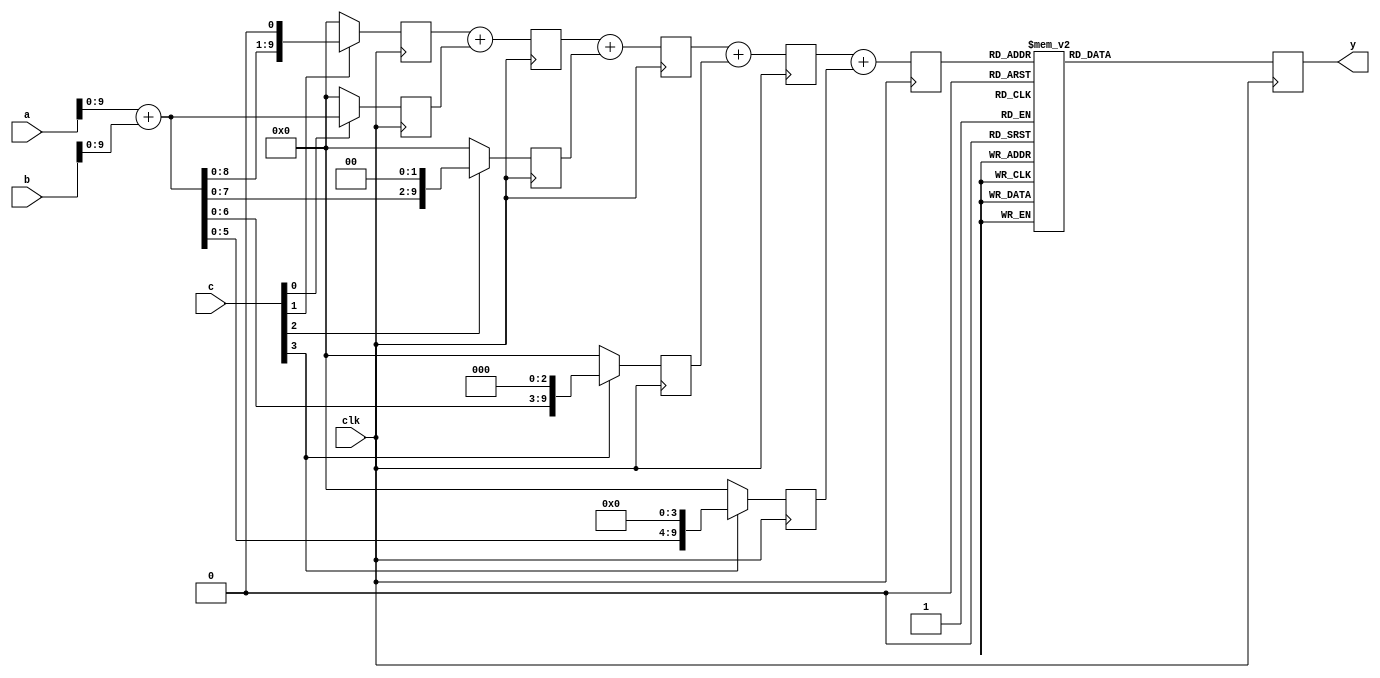

module s2p32bit(   //
    input        clk  ,  //, 500MHz
 input         [15:0]        a, //
 input [15:0]         b,
 input [4:0]  c,
    output  reg [10:0]  y  //10, y
    );
 
 wire  [9:0]  x; //abc10
 
//wire [21:0] abc; //a+bc, 22
//reg [5:0] n; //
//assign abc = (a+b)*c; //
 
//
wire  [16:0] mul_a;  //ab17
wire  [4:0] mul_b;   //c5
 reg  [21:0] mul_out; //, 22
 
 assign mul_a = a+b;
 assign mul_b = c;
 
reg [21:0] store0,store1,store2,store3,store4;  //
reg [21:0] add01, add12, add23;

//
always @ (posedge clk)  begin
store0 <= mul_b[0] ? {5'b0,mul_a}:22'b0;      
 end
 
always @ (posedge clk)  begin
 store1 <= mul_b[1] ? {4'b0,mul_a,1'b0}:22'b0;
add01  <= store1+store0;
 end 

always @ (posedge clk)  begin
 store2 <= mul_b[2] ? {3'b0,mul_a,2'b0}:22'b0;
add12  <= add01+store2;
 end 

always @ (posedge clk)  begin
 store3 <= mul_b[3] ? {2'b0,mul_a,3'b0}:22'b0;
add23  <= add12+store3;
 end 

always @ (posedge clk)  begin
 store4 <= mul_b[3] ? {1'b0,mul_a,4'b0}:22'b0;
mul_out  <= add23+store4;
 end 
 
assign x = mul_out [9:0] ;  
//mul_out1012
                                                                                                                                                                                                                      
 
always @(posedge clk)  begin   
//ipmifcase

case (x)   //102410
       
		10'd0: y<= 11'b00000000000;
		10'd1: y<= 11'b00000000110;
		10'd2: y<= 11'b00000001101;
		10'd3: y<= 11'b00000010011;
		10'd4: y<= 11'b00000011001;
		10'd5: y<= 11'b00000011111;
		10'd6: y<= 11'b00000100110;
		10'd7: y<= 11'b00000101100;
		10'd8: y<= 11'b00000110010;
		10'd9: y<= 11'b00000111001;
		10'd10: y<= 11'b00000111111;
		10'd11: y<= 11'b00001000101;
		10'd12: y<= 11'b00001001011;
		10'd13: y<= 11'b00001010010;
		10'd14: y<= 11'b00001011000;
		10'd15: y<= 11'b00001011110;
		10'd16: y<= 11'b00001100100;
		10'd17: y<= 11'b00001101011;
		10'd18: y<= 11'b00001110001;
		10'd19: y<= 11'b00001110111;
		10'd20: y<= 11'b00001111101;
		10'd21: y<= 11'b00010000100;
		10'd22: y<= 11'b00010001010;
		10'd23: y<= 11'b00010010000;
		10'd24: y<= 11'b00010010110;
		10'd25: y<= 11'b00010011100;
		10'd26: y<= 11'b00010100011;
		10'd27: y<= 11'b00010101001;
		10'd28: y<= 11'b00010101111;
		10'd29: y<= 11'b00010110101;
		10'd30: y<= 11'b00010111011;
		10'd31: y<= 11'b00011000010;
		10'd32: y<= 11'b00011001000;
		10'd33: y<= 11'b00011001110;
		10'd34: y<= 11'b00011010100;
		10'd35: y<= 11'b00011011010;
		10'd36: y<= 11'b00011100000;
		10'd37: y<= 11'b00011100110;
		10'd38: y<= 11'b00011101101;
		10'd39: y<= 11'b00011110011;
		10'd40: y<= 11'b00011111001;
		10'd41: y<= 11'b00011111111;
		10'd42: y<= 11'b00100000101;
		10'd43: y<= 11'b00100001011;
		10'd44: y<= 11'b00100010001;
		10'd45: y<= 11'b00100010111;
		10'd46: y<= 11'b00100011101;
		10'd47: y<= 11'b00100100011;
		10'd48: y<= 11'b00100101001;
		10'd49: y<= 11'b00100101111;
		10'd50: y<= 11'b00100110101;
		10'd51: y<= 11'b00100111011;
		10'd52: y<= 11'b00101000001;
		10'd53: y<= 11'b00101000111;
		10'd54: y<= 11'b00101001101;
		10'd55: y<= 11'b00101010011;
		10'd56: y<= 11'b00101011001;
		10'd57: y<= 11'b00101011111;
		10'd58: y<= 11'b00101100101;
		10'd59: y<= 11'b00101101011;
		10'd60: y<= 11'b00101110001;
		10'd61: y<= 11'b00101110110;
		10'd62: y<= 11'b00101111100;
		10'd63: y<= 11'b00110000010;
		10'd64: y<= 11'b00110001000;
		10'd65: y<= 11'b00110001110;
		10'd66: y<= 11'b00110010011;
		10'd67: y<= 11'b00110011001;
		10'd68: y<= 11'b00110011111;
		10'd69: y<= 11'b00110100101;
		10'd70: y<= 11'b00110101010;
		10'd71: y<= 11'b00110110000;
		10'd72: y<= 11'b00110110110;
		10'd73: y<= 11'b00110111011;
		10'd74: y<= 11'b00111000001;
		10'd75: y<= 11'b00111000111;
		10'd76: y<= 11'b00111001100;
		10'd77: y<= 11'b00111010010;
		10'd78: y<= 11'b00111011000;
		10'd79: y<= 11'b00111011101;
		10'd80: y<= 11'b00111100011;
		10'd81: y<= 11'b00111101000;
		10'd82: y<= 11'b00111101110;
		10'd83: y<= 11'b00111110011;
		10'd84: y<= 11'b00111111001;
		10'd85: y<= 11'b00111111110;
		10'd86: y<= 11'b01000000100;
		10'd87: y<= 11'b01000001001;
		10'd88: y<= 11'b01000001110;
		10'd89: y<= 11'b01000010100;
		10'd90: y<= 11'b01000011001;
		10'd91: y<= 11'b01000011111;
		10'd92: y<= 11'b01000100100;
		10'd93: y<= 11'b01000101001;
		10'd94: y<= 11'b01000101110;
		10'd95: y<= 11'b01000110100;
		10'd96: y<= 11'b01000111001;
		10'd97: y<= 11'b01000111110;
		10'd98: y<= 11'b01001000011;
		10'd99: y<= 11'b01001001000;
		10'd100: y<= 11'b01001001110;
		10'd101: y<= 11'b01001010011;
		10'd102: y<= 11'b01001011000;
		10'd103: y<= 11'b01001011101;
		10'd104: y<= 11'b01001100010;
		10'd105: y<= 11'b01001100111;
		10'd106: y<= 11'b01001101100;
		10'd107: y<= 11'b01001110001;
		10'd108: y<= 11'b01001110110;
		10'd109: y<= 11'b01001111011;
		10'd110: y<= 11'b01010000000;
		10'd111: y<= 11'b01010000101;
		10'd112: y<= 11'b01010001010;
		10'd113: y<= 11'b01010001110;
		10'd114: y<= 11'b01010010011;
		10'd115: y<= 11'b01010011000;
		10'd116: y<= 11'b01010011101;
		10'd117: y<= 11'b01010100010;
		10'd118: y<= 11'b01010100110;
		10'd119: y<= 11'b01010101011;
		10'd120: y<= 11'b01010110000;
		10'd121: y<= 11'b01010110100;
		10'd122: y<= 11'b01010111001;
		10'd123: y<= 11'b01010111110;
		10'd124: y<= 11'b01011000010;
		10'd125: y<= 11'b01011000111;
		10'd126: y<= 11'b01011001011;
		10'd127: y<= 11'b01011010000;
		10'd128: y<= 11'b01011010100;
		10'd129: y<= 11'b01011011001;
		10'd130: y<= 11'b01011011101;
		10'd131: y<= 11'b01011100001;
		10'd132: y<= 11'b01011100110;
		10'd133: y<= 11'b01011101010;
		10'd134: y<= 11'b01011101110;
		10'd135: y<= 11'b01011110011;
		10'd136: y<= 11'b01011110111;
		10'd137: y<= 11'b01011111011;
		10'd138: y<= 11'b01011111111;
		10'd139: y<= 11'b01100000011;
		10'd140: y<= 11'b01100000111;
		10'd141: y<= 11'b01100001011;
		10'd142: y<= 11'b01100010000;
		10'd143: y<= 11'b01100010100;
		10'd144: y<= 11'b01100011000;
		10'd145: y<= 11'b01100011100;
		10'd146: y<= 11'b01100011111;
		10'd147: y<= 11'b01100100011;
		10'd148: y<= 11'b01100100111;
		10'd149: y<= 11'b01100101011;
		10'd150: y<= 11'b01100101111;
		10'd151: y<= 11'b01100110011;
		10'd152: y<= 11'b01100110110;
		10'd153: y<= 11'b01100111010;
		10'd154: y<= 11'b01100111110;
		10'd155: y<= 11'b01101000010;
		10'd156: y<= 11'b01101000101;
		10'd157: y<= 11'b01101001001;
		10'd158: y<= 11'b01101001100;
		10'd159: y<= 11'b01101010000;
		10'd160: y<= 11'b01101010011;
		10'd161: y<= 11'b01101010111;
		10'd162: y<= 11'b01101011010;
		10'd163: y<= 11'b01101011110;
		10'd164: y<= 11'b01101100001;
		10'd165: y<= 11'b01101100100;
		10'd166: y<= 11'b01101101000;
		10'd167: y<= 11'b01101101011;
		10'd168: y<= 11'b01101101110;
		10'd169: y<= 11'b01101110010;
		10'd170: y<= 11'b01101110101;
		10'd171: y<= 11'b01101111000;
		10'd172: y<= 11'b01101111011;
		10'd173: y<= 11'b01101111110;
		10'd174: y<= 11'b01110000001;
		10'd175: y<= 11'b01110000100;
		10'd176: y<= 11'b01110000111;
		10'd177: y<= 11'b01110001010;
		10'd178: y<= 11'b01110001101;
		10'd179: y<= 11'b01110010000;
		10'd180: y<= 11'b01110010011;
		10'd181: y<= 11'b01110010101;
		10'd182: y<= 11'b01110011000;
		10'd183: y<= 11'b01110011011;
		10'd184: y<= 11'b01110011110;
		10'd185: y<= 11'b01110100000;
		10'd186: y<= 11'b01110100011;
		10'd187: y<= 11'b01110100110;
		10'd188: y<= 11'b01110101000;
		10'd189: y<= 11'b01110101011;
		10'd190: y<= 11'b01110101101;
		10'd191: y<= 11'b01110110000;
		10'd192: y<= 11'b01110110010;
		10'd193: y<= 11'b01110110100;
		10'd194: y<= 11'b01110110111;
		10'd195: y<= 11'b01110111001;
		10'd196: y<= 11'b01110111011;
		10'd197: y<= 11'b01110111110;
		10'd198: y<= 11'b01111000000;
		10'd199: y<= 11'b01111000010;
		10'd200: y<= 11'b01111000100;
		10'd201: y<= 11'b01111000110;
		10'd202: y<= 11'b01111001000;
		10'd203: y<= 11'b01111001010;
		10'd204: y<= 11'b01111001100;
		10'd205: y<= 11'b01111001110;
		10'd206: y<= 11'b01111010000;
		10'd207: y<= 11'b01111010010;
		10'd208: y<= 11'b01111010100;
		10'd209: y<= 11'b01111010110;
		10'd210: y<= 11'b01111010111;
		10'd211: y<= 11'b01111011001;
		10'd212: y<= 11'b01111011011;
		10'd213: y<= 11'b01111011101;
		10'd214: y<= 11'b01111011110;
		10'd215: y<= 11'b01111100000;
		10'd216: y<= 11'b01111100001;
		10'd217: y<= 11'b01111100011;
		10'd218: y<= 11'b01111100100;
		10'd219: y<= 11'b01111100110;
		10'd220: y<= 11'b01111100111;
		10'd221: y<= 11'b01111101000;
		10'd222: y<= 11'b01111101010;
		10'd223: y<= 11'b01111101011;
		10'd224: y<= 11'b01111101100;
		10'd225: y<= 11'b01111101110;
		10'd226: y<= 11'b01111101111;
		10'd227: y<= 11'b01111110000;
		10'd228: y<= 11'b01111110001;
		10'd229: y<= 11'b01111110010;
		10'd230: y<= 11'b01111110011;
		10'd231: y<= 11'b01111110100;
		10'd232: y<= 11'b01111110101;
		10'd233: y<= 11'b01111110110;
		10'd234: y<= 11'b01111110111;
		10'd235: y<= 11'b01111111000;
		10'd236: y<= 11'b01111111000;
		10'd237: y<= 11'b01111111001;
		10'd238: y<= 11'b01111111010;
		10'd239: y<= 11'b01111111010;
		10'd240: y<= 11'b01111111011;
		10'd241: y<= 11'b01111111100;
		10'd242: y<= 11'b01111111100;
		10'd243: y<= 11'b01111111101;
		10'd244: y<= 11'b01111111101;
		10'd245: y<= 11'b01111111110;
		10'd246: y<= 11'b01111111110;
		10'd247: y<= 11'b01111111110;
		10'd248: y<= 11'b01111111111;
		10'd249: y<= 11'b01111111111;
		10'd250: y<= 11'b01111111111;
		10'd251: y<= 11'b01111111111;
		10'd252: y<= 11'b01111111111;
		10'd253: y<= 11'b01111111111;
		10'd254: y<= 11'b01111111111;
		10'd255: y<= 11'b01111111111;
		10'd256: y<= 11'b01111111111;
		10'd257: y<= 11'b01111111111;
		10'd258: y<= 11'b01111111111;
		10'd259: y<= 11'b01111111111;
		10'd260: y<= 11'b01111111111;
		10'd261: y<= 11'b01111111111;
		10'd262: y<= 11'b01111111111;
		10'd263: y<= 11'b01111111111;
		10'd264: y<= 11'b01111111111;
		10'd265: y<= 11'b01111111110;
		10'd266: y<= 11'b01111111110;
		10'd267: y<= 11'b01111111110;
		10'd268: y<= 11'b01111111101;
		10'd269: y<= 11'b01111111101;
		10'd270: y<= 11'b01111111100;
		10'd271: y<= 11'b01111111100;
		10'd272: y<= 11'b01111111011;
		10'd273: y<= 11'b01111111010;
		10'd274: y<= 11'b01111111010;
		10'd275: y<= 11'b01111111001;
		10'd276: y<= 11'b01111111000;
		10'd277: y<= 11'b01111111000;
		10'd278: y<= 11'b01111110111;
		10'd279: y<= 11'b01111110110;
		10'd280: y<= 11'b01111110101;
		10'd281: y<= 11'b01111110100;
		10'd282: y<= 11'b01111110011;
		10'd283: y<= 11'b01111110010;
		10'd284: y<= 11'b01111110001;
		10'd285: y<= 11'b01111110000;
		10'd286: y<= 11'b01111101111;
		10'd287: y<= 11'b01111101110;
		10'd288: y<= 11'b01111101100;
		10'd289: y<= 11'b01111101011;
		10'd290: y<= 11'b01111101010;
		10'd291: y<= 11'b01111101000;
		10'd292: y<= 11'b01111100111;
		10'd293: y<= 11'b01111100110;
		10'd294: y<= 11'b01111100100;
		10'd295: y<= 11'b01111100011;
		10'd296: y<= 11'b01111100001;
		10'd297: y<= 11'b01111100000;
		10'd298: y<= 11'b01111011110;
		10'd299: y<= 11'b01111011101;
		10'd300: y<= 11'b01111011011;
		10'd301: y<= 11'b01111011001;
		10'd302: y<= 11'b01111010111;
		10'd303: y<= 11'b01111010110;
		10'd304: y<= 11'b01111010100;
		10'd305: y<= 11'b01111010010;
		10'd306: y<= 11'b01111010000;
		10'd307: y<= 11'b01111001110;
		10'd308: y<= 11'b01111001100;
		10'd309: y<= 11'b01111001010;
		10'd310: y<= 11'b01111001000;
		10'd311: y<= 11'b01111000110;
		10'd312: y<= 11'b01111000100;
		10'd313: y<= 11'b01111000010;
		10'd314: y<= 11'b01111000000;
		10'd315: y<= 11'b01110111110;
		10'd316: y<= 11'b01110111011;
		10'd317: y<= 11'b01110111001;
		10'd318: y<= 11'b01110110111;
		10'd319: y<= 11'b01110110100;
		10'd320: y<= 11'b01110110010;
		10'd321: y<= 11'b01110110000;
		10'd322: y<= 11'b01110101101;
		10'd323: y<= 11'b01110101011;
		10'd324: y<= 11'b01110101000;
		10'd325: y<= 11'b01110100110;
		10'd326: y<= 11'b01110100011;
		10'd327: y<= 11'b01110100000;
		10'd328: y<= 11'b01110011110;
		10'd329: y<= 11'b01110011011;
		10'd330: y<= 11'b01110011000;
		10'd331: y<= 11'b01110010101;
		10'd332: y<= 11'b01110010011;
		10'd333: y<= 11'b01110010000;
		10'd334: y<= 11'b01110001101;
		10'd335: y<= 11'b01110001010;
		10'd336: y<= 11'b01110000111;
		10'd337: y<= 11'b01110000100;
		10'd338: y<= 11'b01110000001;
		10'd339: y<= 11'b01101111110;
		10'd340: y<= 11'b01101111011;
		10'd341: y<= 11'b01101111000;
		10'd342: y<= 11'b01101110101;
		10'd343: y<= 11'b01101110010;
		10'd344: y<= 11'b01101101110;
		10'd345: y<= 11'b01101101011;
		10'd346: y<= 11'b01101101000;
		10'd347: y<= 11'b01101100100;
		10'd348: y<= 11'b01101100001;
		10'd349: y<= 11'b01101011110;
		10'd350: y<= 11'b01101011010;
		10'd351: y<= 11'b01101010111;
		10'd352: y<= 11'b01101010011;
		10'd353: y<= 11'b01101010000;
		10'd354: y<= 11'b01101001100;
		10'd355: y<= 11'b01101001001;
		10'd356: y<= 11'b01101000101;
		10'd357: y<= 11'b01101000010;
		10'd358: y<= 11'b01100111110;
		10'd359: y<= 11'b01100111010;
		10'd360: y<= 11'b01100110110;
		10'd361: y<= 11'b01100110011;
		10'd362: y<= 11'b01100101111;
		10'd363: y<= 11'b01100101011;
		10'd364: y<= 11'b01100100111;
		10'd365: y<= 11'b01100100011;
		10'd366: y<= 11'b01100011111;
		10'd367: y<= 11'b01100011100;
		10'd368: y<= 11'b01100011000;
		10'd369: y<= 11'b01100010100;
		10'd370: y<= 11'b01100010000;
		10'd371: y<= 11'b01100001011;
		10'd372: y<= 11'b01100000111;
		10'd373: y<= 11'b01100000011;
		10'd374: y<= 11'b01011111111;
		10'd375: y<= 11'b01011111011;
		10'd376: y<= 11'b01011110111;
		10'd377: y<= 11'b01011110011;
		10'd378: y<= 11'b01011101110;
		10'd379: y<= 11'b01011101010;
		10'd380: y<= 11'b01011100110;
		10'd381: y<= 11'b01011100001;
		10'd382: y<= 11'b01011011101;
		10'd383: y<= 11'b01011011001;
		10'd384: y<= 11'b01011010100;
		10'd385: y<= 11'b01011010000;
		10'd386: y<= 11'b01011001011;
		10'd387: y<= 11'b01011000111;
		10'd388: y<= 11'b01011000010;
		10'd389: y<= 11'b01010111110;
		10'd390: y<= 11'b01010111001;
		10'd391: y<= 11'b01010110100;
		10'd392: y<= 11'b01010110000;
		10'd393: y<= 11'b01010101011;
		10'd394: y<= 11'b01010100110;
		10'd395: y<= 11'b01010100010;
		10'd396: y<= 11'b01010011101;
		10'd397: y<= 11'b01010011000;
		10'd398: y<= 11'b01010010011;
		10'd399: y<= 11'b01010001110;
		10'd400: y<= 11'b01010001010;
		10'd401: y<= 11'b01010000101;
		10'd402: y<= 11'b01010000000;
		10'd403: y<= 11'b01001111011;
		10'd404: y<= 11'b01001110110;
		10'd405: y<= 11'b01001110001;
		10'd406: y<= 11'b01001101100;
		10'd407: y<= 11'b01001100111;
		10'd408: y<= 11'b01001100010;
		10'd409: y<= 11'b01001011101;
		10'd410: y<= 11'b01001011000;
		10'd411: y<= 11'b01001010011;
		10'd412: y<= 11'b01001001110;
		10'd413: y<= 11'b01001001000;
		10'd414: y<= 11'b01001000011;
		10'd415: y<= 11'b01000111110;
		10'd416: y<= 11'b01000111001;
		10'd417: y<= 11'b01000110100;
		10'd418: y<= 11'b01000101110;
		10'd419: y<= 11'b01000101001;
		10'd420: y<= 11'b01000100100;
		10'd421: y<= 11'b01000011111;
		10'd422: y<= 11'b01000011001;
		10'd423: y<= 11'b01000010100;
		10'd424: y<= 11'b01000001110;
		10'd425: y<= 11'b01000001001;
		10'd426: y<= 11'b01000000100;
		10'd427: y<= 11'b00111111110;
		10'd428: y<= 11'b00111111001;
		10'd429: y<= 11'b00111110011;
		10'd430: y<= 11'b00111101110;
		10'd431: y<= 11'b00111101000;
		10'd432: y<= 11'b00111100011;
		10'd433: y<= 11'b00111011101;
		10'd434: y<= 11'b00111011000;
		10'd435: y<= 11'b00111010010;
		10'd436: y<= 11'b00111001100;
		10'd437: y<= 11'b00111000111;
		10'd438: y<= 11'b00111000001;
		10'd439: y<= 11'b00110111011;
		10'd440: y<= 11'b00110110110;
		10'd441: y<= 11'b00110110000;
		10'd442: y<= 11'b00110101010;
		10'd443: y<= 11'b00110100101;
		10'd444: y<= 11'b00110011111;
		10'd445: y<= 11'b00110011001;
		10'd446: y<= 11'b00110010011;
		10'd447: y<= 11'b00110001110;
		10'd448: y<= 11'b00110001000;
		10'd449: y<= 11'b00110000010;
		10'd450: y<= 11'b00101111100;
		10'd451: y<= 11'b00101110110;
		10'd452: y<= 11'b00101110001;
		10'd453: y<= 11'b00101101011;
		10'd454: y<= 11'b00101100101;
		10'd455: y<= 11'b00101011111;
		10'd456: y<= 11'b00101011001;
		10'd457: y<= 11'b00101010011;
		10'd458: y<= 11'b00101001101;
		10'd459: y<= 11'b00101000111;
		10'd460: y<= 11'b00101000001;
		10'd461: y<= 11'b00100111011;
		10'd462: y<= 11'b00100110101;
		10'd463: y<= 11'b00100101111;
		10'd464: y<= 11'b00100101001;
		10'd465: y<= 11'b00100100011;
		10'd466: y<= 11'b00100011101;
		10'd467: y<= 11'b00100010111;
		10'd468: y<= 11'b00100010001;
		10'd469: y<= 11'b00100001011;
		10'd470: y<= 11'b00100000101;
		10'd471: y<= 11'b00011111111;
		10'd472: y<= 11'b00011111001;
		10'd473: y<= 11'b00011110011;
		10'd474: y<= 11'b00011101101;
		10'd475: y<= 11'b00011100110;
		10'd476: y<= 11'b00011100000;
		10'd477: y<= 11'b00011011010;
		10'd478: y<= 11'b00011010100;
		10'd479: y<= 11'b00011001110;
		10'd480: y<= 11'b00011001000;
		10'd481: y<= 11'b00011000010;
		10'd482: y<= 11'b00010111011;
		10'd483: y<= 11'b00010110101;
		10'd484: y<= 11'b00010101111;
		10'd485: y<= 11'b00010101001;
		10'd486: y<= 11'b00010100011;
		10'd487: y<= 11'b00010011100;
		10'd488: y<= 11'b00010010110;
		10'd489: y<= 11'b00010010000;
		10'd490: y<= 11'b00010001010;
		10'd491: y<= 11'b00010000100;
		10'd492: y<= 11'b00001111101;
		10'd493: y<= 11'b00001110111;
		10'd494: y<= 11'b00001110001;
		10'd495: y<= 11'b00001101011;
		10'd496: y<= 11'b00001100100;
		10'd497: y<= 11'b00001011110;
		10'd498: y<= 11'b00001011000;
		10'd499: y<= 11'b00001010010;
		10'd500: y<= 11'b00001001011;
		10'd501: y<= 11'b00001000101;
		10'd502: y<= 11'b00000111111;
		10'd503: y<= 11'b00000111001;
		10'd504: y<= 11'b00000110010;
		10'd505: y<= 11'b00000101100;
		10'd506: y<= 11'b00000100110;
		10'd507: y<= 11'b00000011111;
		10'd508: y<= 11'b00000011001;
		10'd509: y<= 11'b00000010011;
		10'd510: y<= 11'b00000001101;
		10'd511: y<= 11'b00000000110;
		10'd512: y<= 11'b00000000000;
		10'd513: y<= 11'b11111111010;
		10'd514: y<= 11'b11111110011;
		10'd515: y<= 11'b11111101101;
		10'd516: y<= 11'b11111100111;
		10'd517: y<= 11'b11111100001;
		10'd518: y<= 11'b11111011010;
		10'd519: y<= 11'b11111010100;
		10'd520: y<= 11'b11111001110;
		10'd521: y<= 11'b11111000111;
		10'd522: y<= 11'b11111000001;
		10'd523: y<= 11'b11110111011;
		10'd524: y<= 11'b11110110101;
		10'd525: y<= 11'b11110101110;
		10'd526: y<= 11'b11110101000;
		10'd527: y<= 11'b11110100010;
		10'd528: y<= 11'b11110011100;
		10'd529: y<= 11'b11110010101;
		10'd530: y<= 11'b11110001111;
		10'd531: y<= 11'b11110001001;
		10'd532: y<= 11'b11110000011;
		10'd533: y<= 11'b11101111100;
		10'd534: y<= 11'b11101110110;
		10'd535: y<= 11'b11101110000;
		10'd536: y<= 11'b11101101010;
		10'd537: y<= 11'b11101100100;
		10'd538: y<= 11'b11101011101;
		10'd539: y<= 11'b11101010111;
		10'd540: y<= 11'b11101010001;
		10'd541: y<= 11'b11101001011;
		10'd542: y<= 11'b11101000101;
		10'd543: y<= 11'b11100111110;
		10'd544: y<= 11'b11100111000;
		10'd545: y<= 11'b11100110010;
		10'd546: y<= 11'b11100101100;
		10'd547: y<= 11'b11100100110;
		10'd548: y<= 11'b11100100000;
		10'd549: y<= 11'b11100011010;
		10'd550: y<= 11'b11100010011;
		10'd551: y<= 11'b11100001101;
		10'd552: y<= 11'b11100000111;
		10'd553: y<= 11'b11100000001;
		10'd554: y<= 11'b11011111011;
		10'd555: y<= 11'b11011110101;
		10'd556: y<= 11'b11011101111;
		10'd557: y<= 11'b11011101001;
		10'd558: y<= 11'b11011100011;
		10'd559: y<= 11'b11011011101;
		10'd560: y<= 11'b11011010111;
		10'd561: y<= 11'b11011010001;
		10'd562: y<= 11'b11011001011;
		10'd563: y<= 11'b11011000101;
		10'd564: y<= 11'b11010111111;
		10'd565: y<= 11'b11010111001;
		10'd566: y<= 11'b11010110011;
		10'd567: y<= 11'b11010101101;
		10'd568: y<= 11'b11010100111;
		10'd569: y<= 11'b11010100001;
		10'd570: y<= 11'b11010011011;
		10'd571: y<= 11'b11010010101;
		10'd572: y<= 11'b11010001111;
		10'd573: y<= 11'b11010001010;
		10'd574: y<= 11'b11010000100;
		10'd575: y<= 11'b11001111110;
		10'd576: y<= 11'b11001111000;
		10'd577: y<= 11'b11001110010;
		10'd578: y<= 11'b11001101101;
		10'd579: y<= 11'b11001100111;
		10'd580: y<= 11'b11001100001;
		10'd581: y<= 11'b11001011011;
		10'd582: y<= 11'b11001010110;
		10'd583: y<= 11'b11001010000;
		10'd584: y<= 11'b11001001010;
		10'd585: y<= 11'b11001000101;
		10'd586: y<= 11'b11000111111;
		10'd587: y<= 11'b11000111001;
		10'd588: y<= 11'b11000110100;
		10'd589: y<= 11'b11000101110;
		10'd590: y<= 11'b11000101000;
		10'd591: y<= 11'b11000100011;
		10'd592: y<= 11'b11000011101;
		10'd593: y<= 11'b11000011000;
		10'd594: y<= 11'b11000010010;
		10'd595: y<= 11'b11000001101;
		10'd596: y<= 11'b11000000111;
		10'd597: y<= 11'b11000000010;
		10'd598: y<= 11'b10111111100;
		10'd599: y<= 11'b10111110111;
		10'd600: y<= 11'b10111110010;
		10'd601: y<= 11'b10111101100;
		10'd602: y<= 11'b10111100111;
		10'd603: y<= 11'b10111100001;
		10'd604: y<= 11'b10111011100;
		10'd605: y<= 11'b10111010111;
		10'd606: y<= 11'b10111010010;
		10'd607: y<= 11'b10111001100;
		10'd608: y<= 11'b10111000111;
		10'd609: y<= 11'b10111000010;
		10'd610: y<= 11'b10110111101;
		10'd611: y<= 11'b10110111000;
		10'd612: y<= 11'b10110110010;
		10'd613: y<= 11'b10110101101;
		10'd614: y<= 11'b10110101000;
		10'd615: y<= 11'b10110100011;
		10'd616: y<= 11'b10110011110;
		10'd617: y<= 11'b10110011001;
		10'd618: y<= 11'b10110010100;
		10'd619: y<= 11'b10110001111;
		10'd620: y<= 11'b10110001010;
		10'd621: y<= 11'b10110000101;
		10'd622: y<= 11'b10110000000;
		10'd623: y<= 11'b10101111011;
		10'd624: y<= 11'b10101110110;
		10'd625: y<= 11'b10101110010;
		10'd626: y<= 11'b10101101101;
		10'd627: y<= 11'b10101101000;
		10'd628: y<= 11'b10101100011;
		10'd629: y<= 11'b10101011110;
		10'd630: y<= 11'b10101011010;
		10'd631: y<= 11'b10101010101;
		10'd632: y<= 11'b10101010000;
		10'd633: y<= 11'b10101001100;
		10'd634: y<= 11'b10101000111;
		10'd635: y<= 11'b10101000010;
		10'd636: y<= 11'b10100111110;
		10'd637: y<= 11'b10100111001;
		10'd638: y<= 11'b10100110101;
		10'd639: y<= 11'b10100110000;
		10'd640: y<= 11'b10100101100;
		10'd641: y<= 11'b10100100111;
		10'd642: y<= 11'b10100100011;
		10'd643: y<= 11'b10100011111;
		10'd644: y<= 11'b10100011010;
		10'd645: y<= 11'b10100010110;
		10'd646: y<= 11'b10100010010;
		10'd647: y<= 11'b10100001101;
		10'd648: y<= 11'b10100001001;
		10'd649: y<= 11'b10100000101;
		10'd650: y<= 11'b10100000001;
		10'd651: y<= 11'b10011111101;
		10'd652: y<= 11'b10011111001;
		10'd653: y<= 11'b10011110101;
		10'd654: y<= 11'b10011110000;
		10'd655: y<= 11'b10011101100;
		10'd656: y<= 11'b10011101000;
		10'd657: y<= 11'b10011100100;
		10'd658: y<= 11'b10011100001;
		10'd659: y<= 11'b10011011101;
		10'd660: y<= 11'b10011011001;
		10'd661: y<= 11'b10011010101;
		10'd662: y<= 11'b10011010001;
		10'd663: y<= 11'b10011001101;
		10'd664: y<= 11'b10011001010;
		10'd665: y<= 11'b10011000110;
		10'd666: y<= 11'b10011000010;
		10'd667: y<= 11'b10010111110;
		10'd668: y<= 11'b10010111011;
		10'd669: y<= 11'b10010110111;
		10'd670: y<= 11'b10010110100;
		10'd671: y<= 11'b10010110000;
		10'd672: y<= 11'b10010101101;
		10'd673: y<= 11'b10010101001;
		10'd674: y<= 11'b10010100110;
		10'd675: y<= 11'b10010100010;
		10'd676: y<= 11'b10010011111;
		10'd677: y<= 11'b10010011100;
		10'd678: y<= 11'b10010011000;
		10'd679: y<= 11'b10010010101;
		10'd680: y<= 11'b10010010010;
		10'd681: y<= 11'b10010001110;
		10'd682: y<= 11'b10010001011;
		10'd683: y<= 11'b10010001000;
		10'd684: y<= 11'b10010000101;
		10'd685: y<= 11'b10010000010;
		10'd686: y<= 11'b10001111111;
		10'd687: y<= 11'b10001111100;
		10'd688: y<= 11'b10001111001;
		10'd689: y<= 11'b10001110110;
		10'd690: y<= 11'b10001110011;
		10'd691: y<= 11'b10001110000;
		10'd692: y<= 11'b10001101101;
		10'd693: y<= 11'b10001101011;
		10'd694: y<= 11'b10001101000;
		10'd695: y<= 11'b10001100101;
		10'd696: y<= 11'b10001100010;
		10'd697: y<= 11'b10001100000;
		10'd698: y<= 11'b10001011101;
		10'd699: y<= 11'b10001011010;
		10'd700: y<= 11'b10001011000;
		10'd701: y<= 11'b10001010101;
		10'd702: y<= 11'b10001010011;
		10'd703: y<= 11'b10001010000;
		10'd704: y<= 11'b10001001110;
		10'd705: y<= 11'b10001001100;
		10'd706: y<= 11'b10001001001;
		10'd707: y<= 11'b10001000111;
		10'd708: y<= 11'b10001000101;
		10'd709: y<= 11'b10001000010;
		10'd710: y<= 11'b10001000000;
		10'd711: y<= 11'b10000111110;
		10'd712: y<= 11'b10000111100;
		10'd713: y<= 11'b10000111010;
		10'd714: y<= 11'b10000111000;
		10'd715: y<= 11'b10000110110;
		10'd716: y<= 11'b10000110100;
		10'd717: y<= 11'b10000110010;
		10'd718: y<= 11'b10000110000;
		10'd719: y<= 11'b10000101110;
		10'd720: y<= 11'b10000101100;
		10'd721: y<= 11'b10000101010;
		10'd722: y<= 11'b10000101001;
		10'd723: y<= 11'b10000100111;
		10'd724: y<= 11'b10000100101;
		10'd725: y<= 11'b10000100011;
		10'd726: y<= 11'b10000100010;
		10'd727: y<= 11'b10000100000;
		10'd728: y<= 11'b10000011111;
		10'd729: y<= 11'b10000011101;
		10'd730: y<= 11'b10000011100;
		10'd731: y<= 11'b10000011010;
		10'd732: y<= 11'b10000011001;
		10'd733: y<= 11'b10000011000;
		10'd734: y<= 11'b10000010110;
		10'd735: y<= 11'b10000010101;
		10'd736: y<= 11'b10000010100;
		10'd737: y<= 11'b10000010010;
		10'd738: y<= 11'b10000010001;
		10'd739: y<= 11'b10000010000;
		10'd740: y<= 11'b10000001111;
		10'd741: y<= 11'b10000001110;
		10'd742: y<= 11'b10000001101;
		10'd743: y<= 11'b10000001100;
		10'd744: y<= 11'b10000001011;
		10'd745: y<= 11'b10000001010;
		10'd746: y<= 11'b10000001001;
		10'd747: y<= 11'b10000001000;
		10'd748: y<= 11'b10000001000;
		10'd749: y<= 11'b10000000111;
		10'd750: y<= 11'b10000000110;
		10'd751: y<= 11'b10000000110;
		10'd752: y<= 11'b10000000101;
		10'd753: y<= 11'b10000000100;
		10'd754: y<= 11'b10000000100;
		10'd755: y<= 11'b10000000011;
		10'd756: y<= 11'b10000000011;
		10'd757: y<= 11'b10000000010;
		10'd758: y<= 11'b10000000010;
		10'd759: y<= 11'b10000000010;
		10'd760: y<= 11'b10000000001;
		10'd761: y<= 11'b10000000001;
		10'd762: y<= 11'b10000000001;
		10'd763: y<= 11'b10000000000;
		10'd764: y<= 11'b10000000000;
		10'd765: y<= 11'b10000000000;
		10'd766: y<= 11'b10000000000;
		10'd767: y<= 11'b10000000000;
		10'd768: y<= 11'b10000000000;
		10'd769: y<= 11'b10000000000;
		10'd770: y<= 11'b10000000000;
		10'd771: y<= 11'b10000000000;
		10'd772: y<= 11'b10000000000;
		10'd773: y<= 11'b10000000000;
		10'd774: y<= 11'b10000000001;
		10'd775: y<= 11'b10000000001;
		10'd776: y<= 11'b10000000001;
		10'd777: y<= 11'b10000000010;
		10'd778: y<= 11'b10000000010;
		10'd779: y<= 11'b10000000010;
		10'd780: y<= 11'b10000000011;
		10'd781: y<= 11'b10000000011;
		10'd782: y<= 11'b10000000100;
		10'd783: y<= 11'b10000000100;
		10'd784: y<= 11'b10000000101;
		10'd785: y<= 11'b10000000110;
		10'd786: y<= 11'b10000000110;
		10'd787: y<= 11'b10000000111;
		10'd788: y<= 11'b10000001000;
		10'd789: y<= 11'b10000001000;
		10'd790: y<= 11'b10000001001;
		10'd791: y<= 11'b10000001010;
		10'd792: y<= 11'b10000001011;
		10'd793: y<= 11'b10000001100;
		10'd794: y<= 11'b10000001101;
		10'd795: y<= 11'b10000001110;
		10'd796: y<= 11'b10000001111;
		10'd797: y<= 11'b10000010000;
		10'd798: y<= 11'b10000010001;
		10'd799: y<= 11'b10000010010;
		10'd800: y<= 11'b10000010100;
		10'd801: y<= 11'b10000010101;
		10'd802: y<= 11'b10000010110;
		10'd803: y<= 11'b10000011000;
		10'd804: y<= 11'b10000011001;
		10'd805: y<= 11'b10000011010;
		10'd806: y<= 11'b10000011100;
		10'd807: y<= 11'b10000011101;
		10'd808: y<= 11'b10000011111;
		10'd809: y<= 11'b10000100000;
		10'd810: y<= 11'b10000100010;
		10'd811: y<= 11'b10000100011;
		10'd812: y<= 11'b10000100101;
		10'd813: y<= 11'b10000100111;
		10'd814: y<= 11'b10000101001;
		10'd815: y<= 11'b10000101010;
		10'd816: y<= 11'b10000101100;
		10'd817: y<= 11'b10000101110;
		10'd818: y<= 11'b10000110000;
		10'd819: y<= 11'b10000110010;
		10'd820: y<= 11'b10000110100;
		10'd821: y<= 11'b10000110110;
		10'd822: y<= 11'b10000111000;
		10'd823: y<= 11'b10000111010;
		10'd824: y<= 11'b10000111100;
		10'd825: y<= 11'b10000111110;
		10'd826: y<= 11'b10001000000;
		10'd827: y<= 11'b10001000010;
		10'd828: y<= 11'b10001000101;
		10'd829: y<= 11'b10001000111;
		10'd830: y<= 11'b10001001001;
		10'd831: y<= 11'b10001001100;
		10'd832: y<= 11'b10001001110;
		10'd833: y<= 11'b10001010000;
		10'd834: y<= 11'b10001010011;
		10'd835: y<= 11'b10001010101;
		10'd836: y<= 11'b10001011000;
		10'd837: y<= 11'b10001011010;
		10'd838: y<= 11'b10001011101;
		10'd839: y<= 11'b10001100000;
		10'd840: y<= 11'b10001100010;
		10'd841: y<= 11'b10001100101;
		10'd842: y<= 11'b10001101000;
		10'd843: y<= 11'b10001101011;
		10'd844: y<= 11'b10001101101;
		10'd845: y<= 11'b10001110000;
		10'd846: y<= 11'b10001110011;
		10'd847: y<= 11'b10001110110;
		10'd848: y<= 11'b10001111001;
		10'd849: y<= 11'b10001111100;
		10'd850: y<= 11'b10001111111;
		10'd851: y<= 11'b10010000010;
		10'd852: y<= 11'b10010000101;
		10'd853: y<= 11'b10010001000;
		10'd854: y<= 11'b10010001011;
		10'd855: y<= 11'b10010001110;
		10'd856: y<= 11'b10010010010;
		10'd857: y<= 11'b10010010101;
		10'd858: y<= 11'b10010011000;
		10'd859: y<= 11'b10010011100;
		10'd860: y<= 11'b10010011111;
		10'd861: y<= 11'b10010100010;
		10'd862: y<= 11'b10010100110;
		10'd863: y<= 11'b10010101001;
		10'd864: y<= 11'b10010101101;
		10'd865: y<= 11'b10010110000;
		10'd866: y<= 11'b10010110100;
		10'd867: y<= 11'b10010110111;
		10'd868: y<= 11'b10010111011;
		10'd869: y<= 11'b10010111110;
		10'd870: y<= 11'b10011000010;
		10'd871: y<= 11'b10011000110;
		10'd872: y<= 11'b10011001010;
		10'd873: y<= 11'b10011001101;
		10'd874: y<= 11'b10011010001;
		10'd875: y<= 11'b10011010101;
		10'd876: y<= 11'b10011011001;
		10'd877: y<= 11'b10011011101;
		10'd878: y<= 11'b10011100001;
		10'd879: y<= 11'b10011100100;
		10'd880: y<= 11'b10011101000;
		10'd881: y<= 11'b10011101100;
		10'd882: y<= 11'b10011110000;
		10'd883: y<= 11'b10011110101;
		10'd884: y<= 11'b10011111001;
		10'd885: y<= 11'b10011111101;
		10'd886: y<= 11'b10100000001;
		10'd887: y<= 11'b10100000101;
		10'd888: y<= 11'b10100001001;
		10'd889: y<= 11'b10100001101;
		10'd890: y<= 11'b10100010010;
		10'd891: y<= 11'b10100010110;
		10'd892: y<= 11'b10100011010;
		10'd893: y<= 11'b10100011111;
		10'd894: y<= 11'b10100100011;
		10'd895: y<= 11'b10100100111;
		10'd896: y<= 11'b10100101100;
		10'd897: y<= 11'b10100110000;
		10'd898: y<= 11'b10100110101;
		10'd899: y<= 11'b10100111001;
		10'd900: y<= 11'b10100111110;
		10'd901: y<= 11'b10101000010;
		10'd902: y<= 11'b10101000111;
		10'd903: y<= 11'b10101001100;
		10'd904: y<= 11'b10101010000;
		10'd905: y<= 11'b10101010101;
		10'd906: y<= 11'b10101011010;
		10'd907: y<= 11'b10101011110;
		10'd908: y<= 11'b10101100011;
		10'd909: y<= 11'b10101101000;
		10'd910: y<= 11'b10101101101;
		10'd911: y<= 11'b10101110010;
		10'd912: y<= 11'b10101110110;
		10'd913: y<= 11'b10101111011;
		10'd914: y<= 11'b10110000000;
		10'd915: y<= 11'b10110000101;
		10'd916: y<= 11'b10110001010;
		10'd917: y<= 11'b10110001111;
		10'd918: y<= 11'b10110010100;
		10'd919: y<= 11'b10110011001;
		10'd920: y<= 11'b10110011110;
		10'd921: y<= 11'b10110100011;
		10'd922: y<= 11'b10110101000;
		10'd923: y<= 11'b10110101101;
		10'd924: y<= 11'b10110110010;
		10'd925: y<= 11'b10110111000;
		10'd926: y<= 11'b10110111101;
		10'd927: y<= 11'b10111000010;
		10'd928: y<= 11'b10111000111;
		10'd929: y<= 11'b10111001100;
		10'd930: y<= 11'b10111010010;
		10'd931: y<= 11'b10111010111;
		10'd932: y<= 11'b10111011100;
		10'd933: y<= 11'b10111100001;
		10'd934: y<= 11'b10111100111;
		10'd935: y<= 11'b10111101100;
		10'd936: y<= 11'b10111110010;
		10'd937: y<= 11'b10111110111;
		10'd938: y<= 11'b10111111100;
		10'd939: y<= 11'b11000000010;
		10'd940: y<= 11'b11000000111;
		10'd941: y<= 11'b11000001101;
		10'd942: y<= 11'b11000010010;
		10'd943: y<= 11'b11000011000;
		10'd944: y<= 11'b11000011101;
		10'd945: y<= 11'b11000100011;
		10'd946: y<= 11'b11000101000;
		10'd947: y<= 11'b11000101110;
		10'd948: y<= 11'b11000110100;
		10'd949: y<= 11'b11000111001;
		10'd950: y<= 11'b11000111111;
		10'd951: y<= 11'b11001000101;
		10'd952: y<= 11'b11001001010;
		10'd953: y<= 11'b11001010000;
		10'd954: y<= 11'b11001010110;
		10'd955: y<= 11'b11001011011;
		10'd956: y<= 11'b11001100001;
		10'd957: y<= 11'b11001100111;
		10'd958: y<= 11'b11001101101;
		10'd959: y<= 11'b11001110010;
		10'd960: y<= 11'b11001111000;
		10'd961: y<= 11'b11001111110;
		10'd962: y<= 11'b11010000100;
		10'd963: y<= 11'b11010001010;
		10'd964: y<= 11'b11010001111;
		10'd965: y<= 11'b11010010101;
		10'd966: y<= 11'b11010011011;
		10'd967: y<= 11'b11010100001;
		10'd968: y<= 11'b11010100111;
		10'd969: y<= 11'b11010101101;
		10'd970: y<= 11'b11010110011;
		10'd971: y<= 11'b11010111001;
		10'd972: y<= 11'b11010111111;
		10'd973: y<= 11'b11011000101;
		10'd974: y<= 11'b11011001011;
		10'd975: y<= 11'b11011010001;
		10'd976: y<= 11'b11011010111;
		10'd977: y<= 11'b11011011101;
		10'd978: y<= 11'b11011100011;
		10'd979: y<= 11'b11011101001;
		10'd980: y<= 11'b11011101111;
		10'd981: y<= 11'b11011110101;
		10'd982: y<= 11'b11011111011;
		10'd983: y<= 11'b11100000001;
		10'd984: y<= 11'b11100000111;
		10'd985: y<= 11'b11100001101;
		10'd986: y<= 11'b11100010011;
		10'd987: y<= 11'b11100011010;
		10'd988: y<= 11'b11100100000;
		10'd989: y<= 11'b11100100110;
		10'd990: y<= 11'b11100101100;
		10'd991: y<= 11'b11100110010;
		10'd992: y<= 11'b11100111000;
		10'd993: y<= 11'b11100111110;
		10'd994: y<= 11'b11101000101;
		10'd995: y<= 11'b11101001011;
		10'd996: y<= 11'b11101010001;
		10'd997: y<= 11'b11101010111;
		10'd998: y<= 11'b11101011101;
		10'd999: y<= 11'b11101100100;
		10'd1000: y<= 11'b11101101010;
		10'd1001: y<= 11'b11101110000;
		10'd1002: y<= 11'b11101110110;
		10'd1003: y<= 11'b11101111100;
		10'd1004: y<= 11'b11110000011;
		10'd1005: y<= 11'b11110001001;
		10'd1006: y<= 11'b11110001111;
		10'd1007: y<= 11'b11110010101;
		10'd1008: y<= 11'b11110011100;
		10'd1009: y<= 11'b11110100010;
		10'd1010: y<= 11'b11110101000;
		10'd1011: y<= 11'b11110101110;
		10'd1012: y<= 11'b11110110101;
		10'd1013: y<= 11'b11110111011;
		10'd1014: y<= 11'b11111000001;
		10'd1015: y<= 11'b11111000111;
		10'd1016: y<= 11'b11111001110;
		10'd1017: y<= 11'b11111010100;
		10'd1018: y<= 11'b11111011010;
		10'd1019: y<= 11'b11111100001;
		10'd1020: y<= 11'b11111100111;
		10'd1021: y<= 11'b11111101101;
		10'd1022: y<= 11'b11111110011;
		10'd1023: y<= 11'b11111111010;
     endcase
		//n <= n+1'b1;
	  end
endmodule